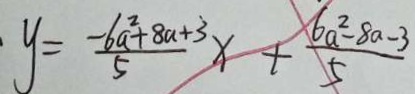
\cdot y = \frac { - 6 a ^ { 2 } + 8 a + 3 } { 5 } x + \frac { 6 a ^ { 2 } - 8 a - 3 } { 5 }